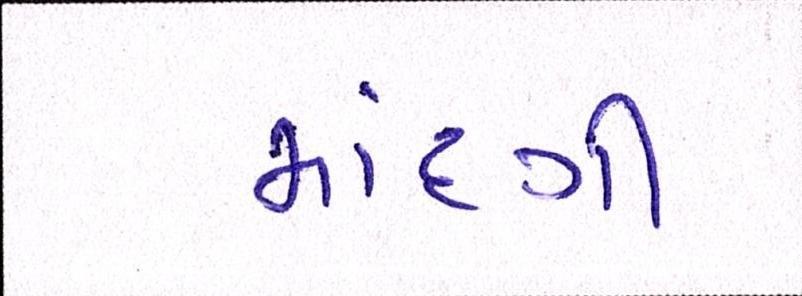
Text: માંદગી